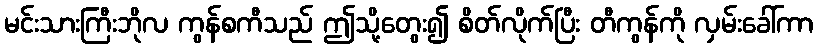
မင်းသားကြီးဘိုလ ကွန်စကီသည် ဤသို့တွေး၍ စိတ်လိုက်ပြီး တီကွန်ကို လှမ်းခေါ်ကာ